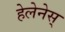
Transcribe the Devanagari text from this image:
हेलेनेस्